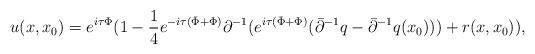
LaTeX: \begin{align*}u(x,x_0) = e^{i\tau\Phi} (1-\frac{1}{4}e^{-i\tau (\bar\Phi+\Phi)}\partial^{-1}(e^{i\tau (\bar\Phi+\Phi)}(\bar\partial^{-1}q-\bar\partial^{-1}q(x_0))) + r(x,x_0)),\end{align*}